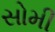
સોમી